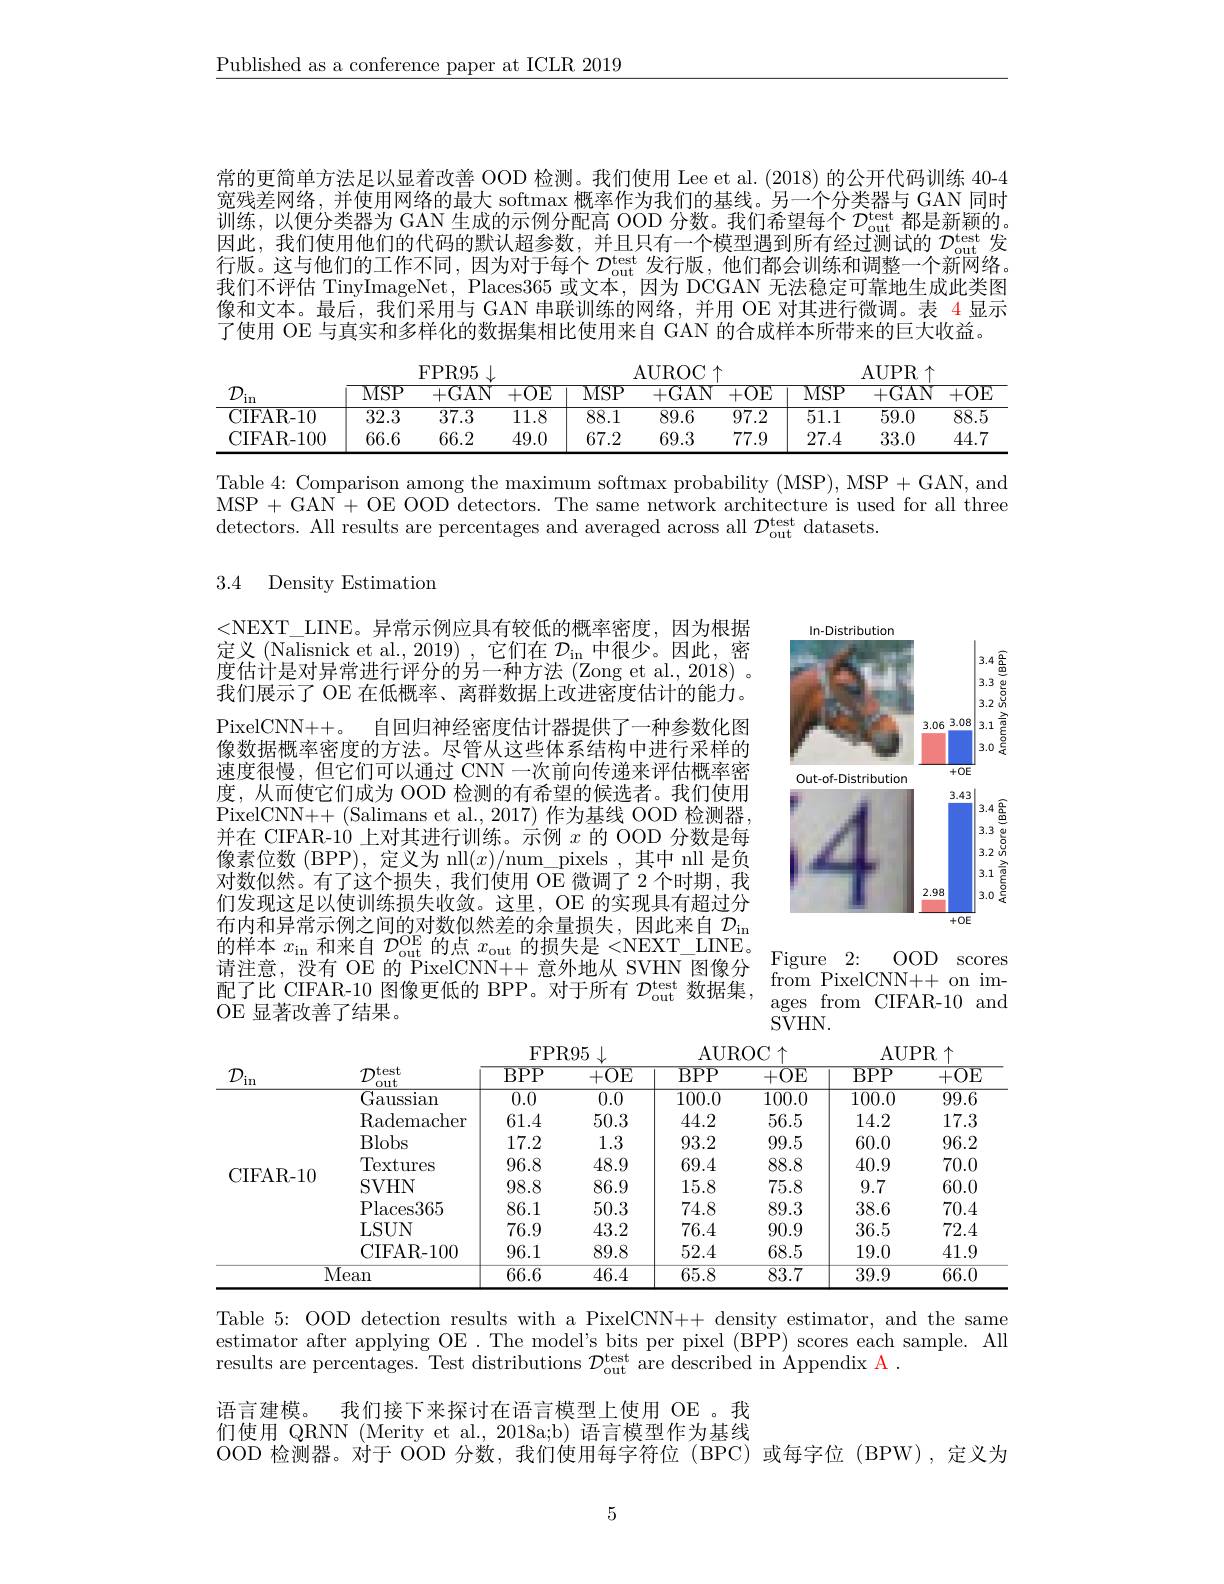
$\underline{\text{Published as a conference paper at ICLR 2019}}$

常的更简单方法足以显着改善 OOD 检测。我们使用 Lee et al. (2018) 的公开代码训练 40-4宽残差网络，并使用网络的最大 softmax 概率作为我们的基线。另一个分类器与 GAN 同时训练，以便分类器为 GAN 生成的示例分配高 OOD 分数。我们希望每个$\mathcal{D}_\mathrm{out}^\mathrm{test}$都是新颖的。因此，我们使用他们的代码的默认超参数，并且只有一个模型遇到所有经过测试的$\mathcal{D}_\mathrm{out}^\mathrm{test}$发行版。这与他们的工作不同，因为对于每个$\mathcal{D}_\mathrm{out}^\mathrm{test}$发行版，他们都会训练和调整一个新网络。我们不评估 TinyImageNet, Places365 或文本，因为 DCGAN 无法稳定可靠地生成此类图像和文本。最后，我们采用与 GAN 串联训练的网络，并用 OE 对其进行微调。表 4 显示了使用 OE 与真实和多样化的数据集相比使用来自 GAN 的合成样本所带来的巨大收益。

<table>
	<tbody>
		<tr>
			<th rowspan="2">in</th>
			<th> </th>
			<th>FPR95</th>
			<th> </th>
			<th> </th>
			<th>AUROC</th>
			<th>个</th>
			<th> </th>
			<th>AUPR</th>
			<th> </th>
		</tr>
		<tr>
			<th>MSP</th>
			<th>+GAN</th>
			<th>+OE</th>
			<th>MSP</th>
			<th>+GAN</th>
			<th>+0E</th>
			<th>$\overline{\mathrm{MSP}}$</th>
			<th>+GAN</th>
			<th>+0E</th>
		</tr>
		<tr>
			<td>${\mathrm{IFAR-10}}$</td>
			<td>$\overline{32.3}$</td>
			<td>37.3</td>
			<td>$\overline{11.8}$</td>
			<td>88.1</td>
			<td>89.6</td>
			<td>97.2</td>
			<td>51.1</td>
			<td>59.0</td>
			<td>$\overline{88.5}$</td>
		</tr>
		<tr>
			<td>${\mathrm{IFAR-100}}$</td>
			<td>66.6</td>
			<td>66.2</td>
			<td>49.0</td>
			<td>67.2</td>
			<td>69.3</td>
			<td>77.9</td>
			<td>27.4</td>
			<td>33.0</td>
			<td>44.7</td>
		</tr>
	</tbody>
</table>

Table 4: Comparison among the maximum softmax probability (MSP), MSP + GAN, and MSP + GAN + OE OOD detectors. The same network architecture is used for all three detectors. All results are percentages and averaged across all $\mathcal{D}_\mathrm{out}^\mathrm{test}$ datasets.

### 3.4 Densitv Estimatior

<FigureHere>

<NEXT\_LINE。异常示例应具有较低的概率密度，因为根据定义 (Nalisnick et al., 2019) , 它们在$\mathcal{D}_\mathrm{in}$中很少。因此，密度估计是对异常进行评分的另一种方法 (Zong et al., 2018) 。我们展示了 OE 在低概率、离群数据上改进密度估计的能力。PixelCNN++。自回归神经密度估计器提供了一种参数化图像数据概率密度的方法。尽管从这些体系结构中进行采样的速度很慢，但它们可以通过 CNN 一次前向传递来评估概率密度，从而使它们成为 OOD 检测的有希望的候选者。我们使用PixelCNN++(Salimans et al., 2017) 作为基线 OOD 检测器， 并在 CIFAR-10 上对其进行训练。示例$x$的 OOD 分数是每像素位数 (BPP), 定义为 nll$(x)/$num\_pixels ,其中 nll 是负对数似然。有了这个损失，我们使用 OE 微调了 2 个时期，我们发现这足以使训练损失收敛。这里，OE 的实现具有超过分布内和异常示例之间的对数似然差的余量损失，因此来自$\mathcal{D}_\mathrm{in}$ 的 样 本 $x_{\mathrm{in}}$ 和 来 自 $D_{\mathrm{out}}^{\mathrm{OE}}$的 点 $x_{\mathrm{out}}$ 的 损 失 是 $< \mathrm{NEXT}_{\mathrm{~} }$ LINE。请 注 意 , 没 有 OE 的 PixelCNN+ + 意 外 地 从 SVHN 图 像 分 Figure 2: OOD scores 配 了 比 CIFAR- 10 图 像 更 低 的 BPPP。对 于 所 有 $D_{\mathrm{out}}^{\mathrm{test}}$数 据 集 , ages from CIFAR- 10 and OF 显 著 改 善 了 结 果 。
OE 显著改善了结果。

$SVHN.$

<table>
	<tbody>
		<tr>
			<th>$\mathcal{D}$ $in$</th>
			<th>$\mathcal{D}^{\dagger}$ test out</th>
			<th>$BPP$</th>
			<th>+OE</th>
			<th>$BPP$</th>
			<th>+OE</th>
			<th>$\overline{\mathrm{BPP}}$</th>
			<th>+OE</th>
		</tr>
		<tr>
			<td rowspan="8">CIFAR- 10</td>
			<td>$\overline{{\mathrm{Gaussian}}}$</td>
			<td>0.0</td>
			<td>0.0</td>
			<td>100.0</td>
			<td>100.0</td>
			<td>100.0</td>
			<td>99.6</td>
		</tr>
		<tr>
			<td>Rademacher</td>
			<td>61.4</td>
			<td>50.3</td>
			<td>44.2</td>
			<td>56.5</td>
			<td>14.2</td>
			<td>17.3</td>
		</tr>
		<tr>
			<td>Blobs</td>
			<td>17.2</td>
			<td>1.3</td>
			<td>93.2</td>
			<td>99.5</td>
			<td>60.0</td>
			<td>96.2</td>
		</tr>
		<tr>
			<td>Textures</td>
			<td>96.8</td>
			<td>48.9</td>
			<td>69.4</td>
			<td>88.8</td>
			<td>40.9</td>
			<td>70.0</td>
		</tr>
		<tr>
			<td>SVHN</td>
			<td>98.8</td>
			<td>86.9</td>
			<td>15.8</td>
			<td>75.8</td>
			<td>9.7</td>
			<td>60.0</td>
		</tr>
		<tr>
			<td>Places365</td>
			<td>86.1</td>
			<td>50.3</td>
			<td>74.8</td>
			<td>89.3</td>
			<td>38.6</td>
			<td>70.4</td>
		</tr>
		<tr>
			<td>LSUN</td>
			<td>76.9</td>
			<td>43.2</td>
			<td>76.4</td>
			<td>90.9</td>
			<td>36.5</td>
			<td>72.4</td>
		</tr>
		<tr>
			<td>CIFAR- 100</td>
			<td>96.1</td>
			<td>89.8</td>
			<td>52.4</td>
			<td>68.5</td>
			<td>19.0</td>
			<td>41.9</td>
		</tr>
		<tr>
			<td colspan="2">$\overline{\mathrm{Mean}}$</td>
			<td>66.6</td>
			<td>46.4</td>
			<td>65.8</td>
			<td>83.7</td>
			<td>39.9</td>
			<td>66.0</td>
		</tr>
	</tbody>
</table>

Table 5: OOD detection results with a PixelCNN++ density estimator, and the same estimator after applying OE. The model's bits per pixel (BPP) scores each sample. All results are percentages. Test distributions $\mathcal{D}_\mathrm{out}^\text{test}$ are described in Appendix A .
语言建模。
我们接下来探讨在语言模型上使用 OE 。我
们使用 QRNN (Merity et al.,2018a;b) 语言模型作为基线
OOD 检测器。对于 OOD 分数，我们使用每字符位(BPC)或每字位(BPW),定义为

5